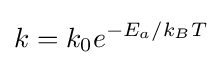
k=k_{0}e^{{-E_{a}}/{k_{B}T}}